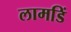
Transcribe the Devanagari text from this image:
लामडिं